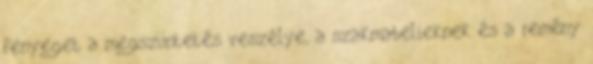
fenyeget a megszüntetés veszélye, a szakmabelieknek és a remény